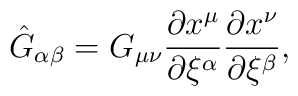
\hat{G}_{\alpha\beta}=G_{\mu\nu}{{\partial x^{\mu}}\over{\partial\xi^{\alpha}}}{{\partial x^{\nu}}\over{\partial\xi^{\beta}}},